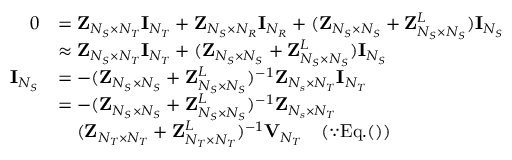
\begin{array} { r l } { 0 } & { = { \bf { Z } } _ { N _ { S } \times N _ { T } } { \bf { I } } _ { N _ { T } } + { \bf { Z } } _ { N _ { S } \times N _ { R } } { \bf { I } } _ { N _ { R } } + ( { \bf { Z } } _ { N _ { S } \times N _ { S } } + { \bf { Z } } _ { N _ { S } \times N _ { S } } ^ { L } ) { \bf { I } } _ { N _ { S } } } \\ & { \approx { \bf { Z } } _ { N _ { S } \times N _ { T } } { \bf { I } } _ { N _ { T } } + ( { \bf { Z } } _ { N _ { S } \times N _ { S } } + { \bf { Z } } _ { N _ { S } \times N _ { S } } ^ { L } ) { \bf { I } } _ { N _ { S } } } \\ { { \bf { I } } _ { N _ { S } } } & { = - ( { \bf { Z } } _ { N _ { S } \times N _ { S } } + { \bf { Z } } _ { N _ { S } \times N _ { S } } ^ { L } ) ^ { - 1 } { \bf { Z } } _ { N _ { s } \times N _ { T } } { \bf { I } } _ { N _ { T } } } \\ & { = - ( { \bf { Z } } _ { N _ { S } \times N _ { S } } + { \bf { Z } } _ { N _ { S } \times N _ { S } } ^ { L } ) ^ { - 1 } { \bf { Z } } _ { N _ { s } \times N _ { T } } } \\ & { \quad ( { \bf { Z } } _ { N _ { T } \times N _ { T } } + { \bf { Z } } _ { N _ { T } \times N _ { T } } ^ { L } ) ^ { - 1 } { \bf { V } } _ { N _ { T } } \quad ( \because \mathrm { E q } . ( ) ) } \end{array}